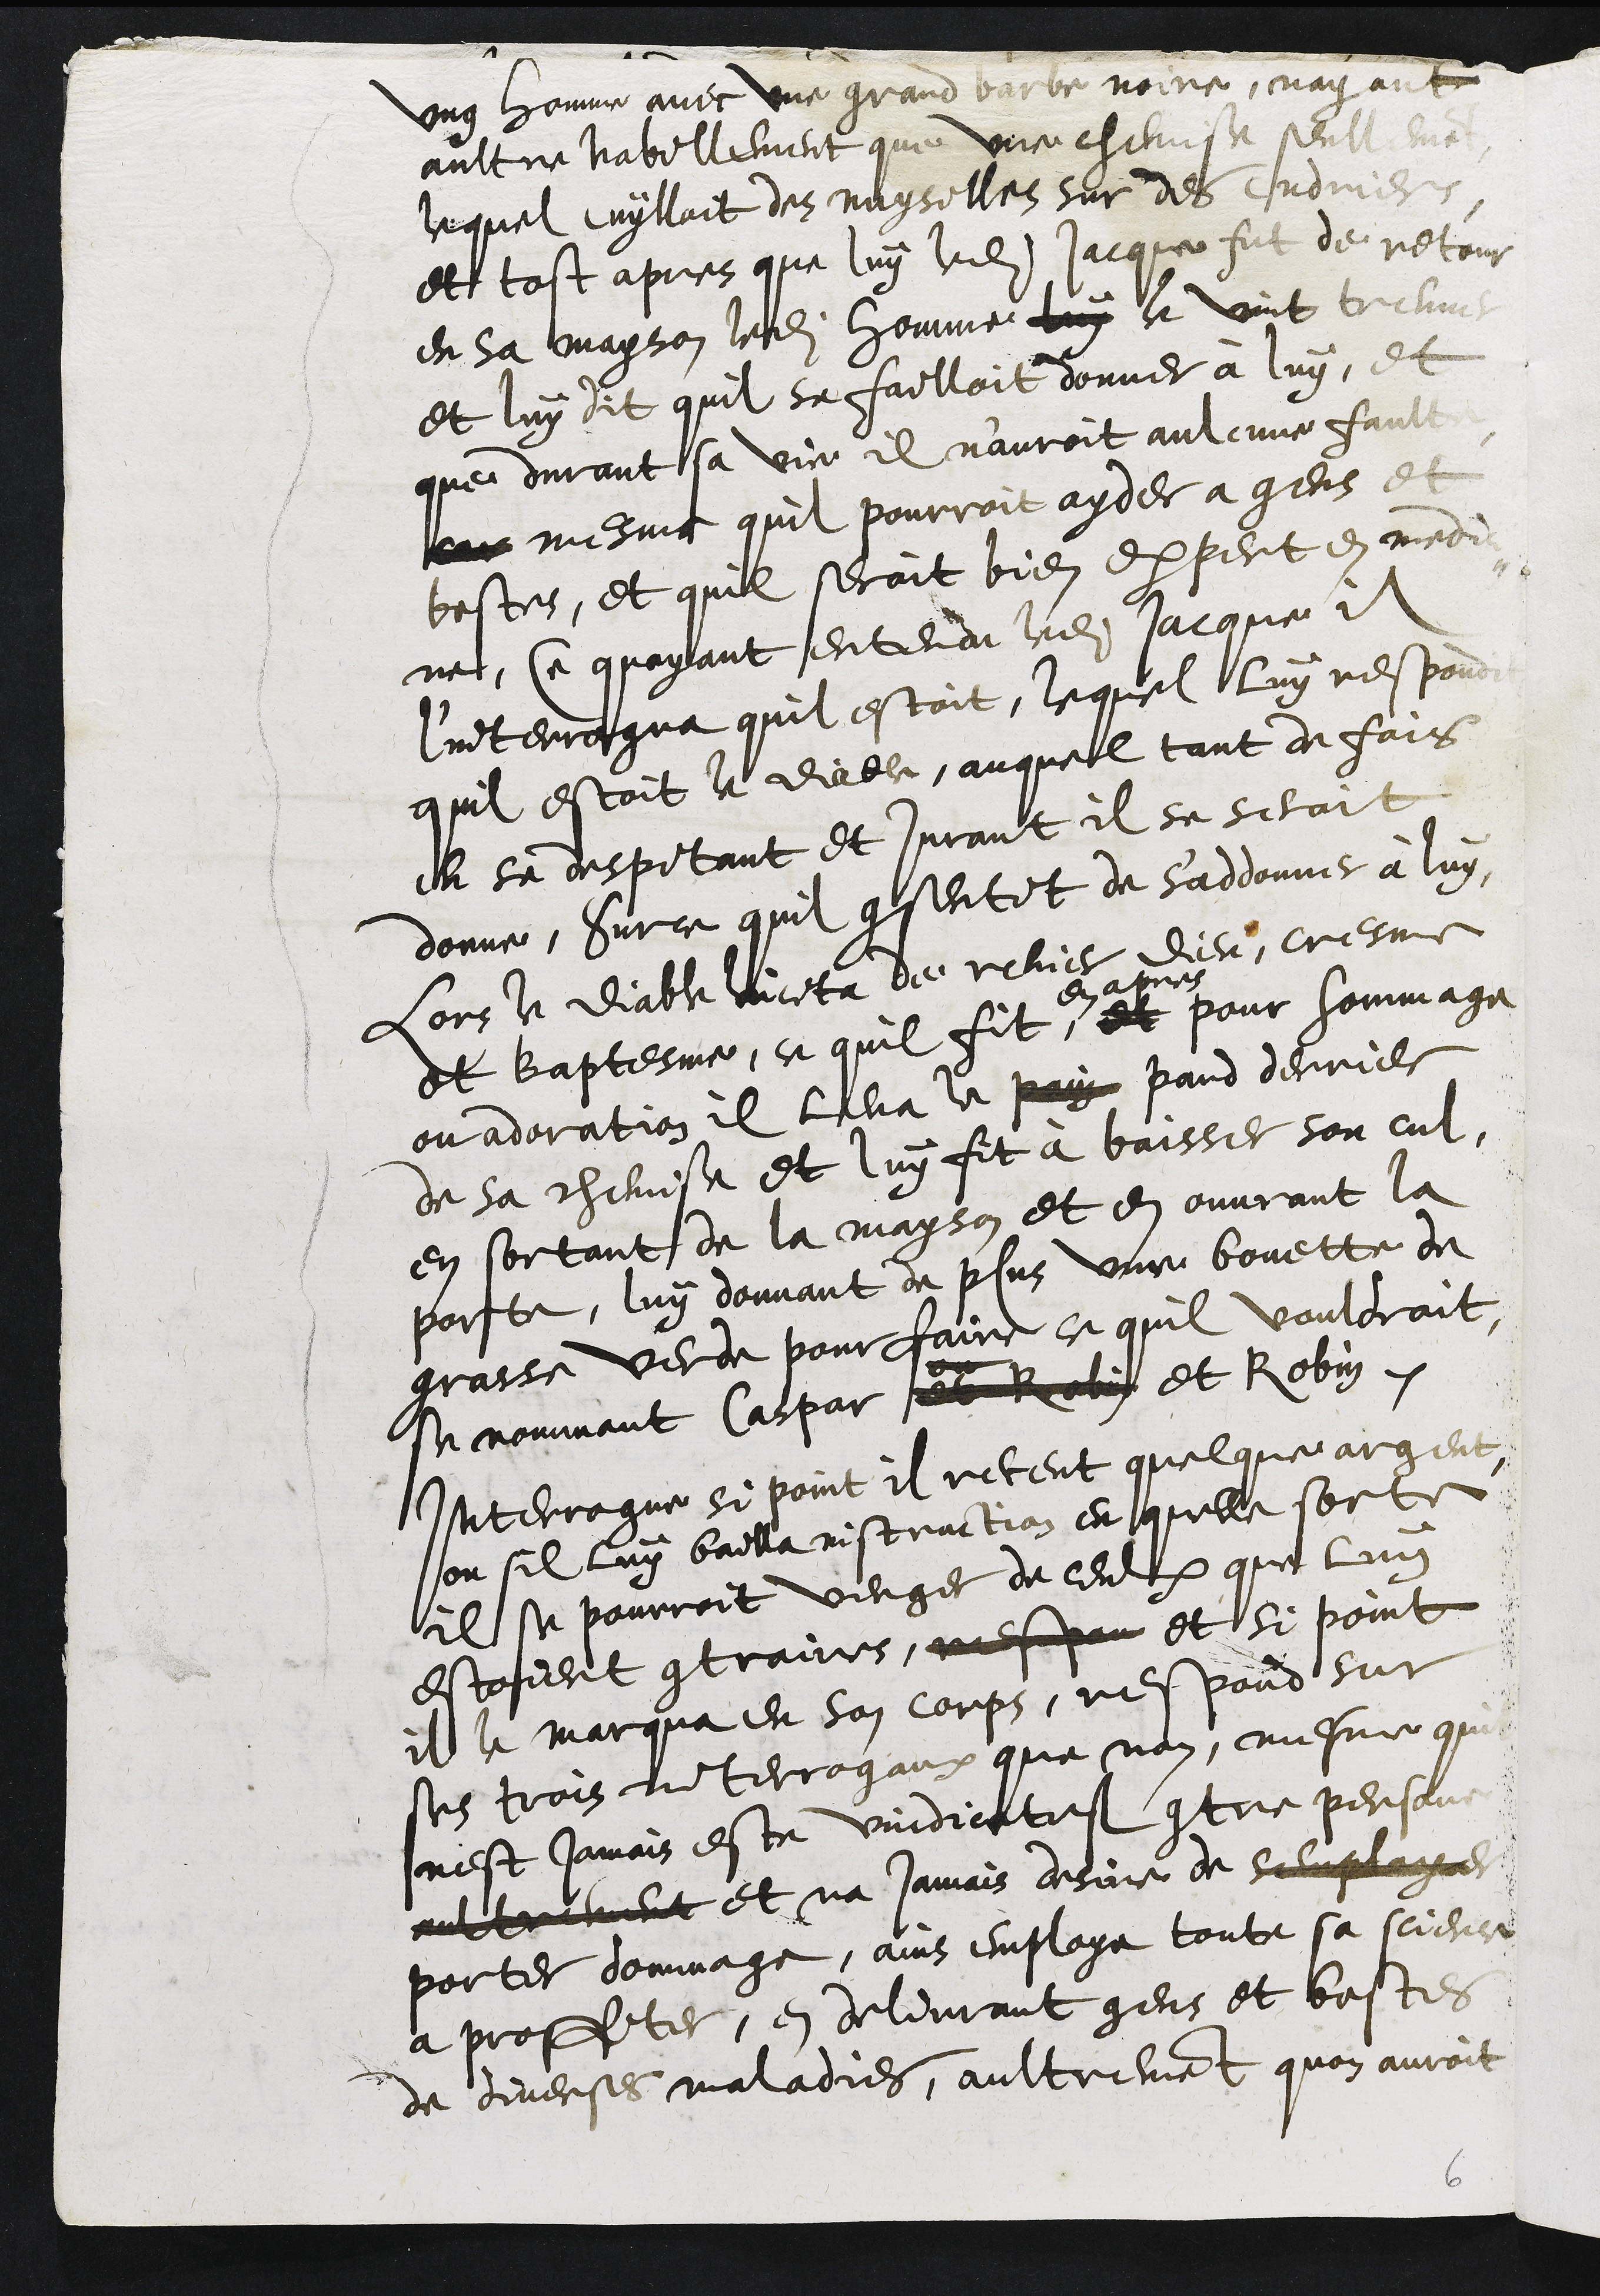
ung homme avec une grand barbe noire, nayant
aultre habillement que une chemise seullement
lequel cuylloit des nuysilles sur des cudriers
et tost apres que luy ledit Jacque fut de retour
en sa mayson ledit homme luy le vint treuver
et luy dit quil se failloit donner à luy, et
que durant sa vie il nauroit aulcune faulte
car mesme quil pourroit ayder a gens et
bestes, et quil seroit bien expert en medici¬
ne, Ce quayant entendu ledit Jacque il
l'interrogua quil estoit, lequel luy respondit
quil estoit le diable, auquel tant de fois
en se despitant et jurant il se seroit
donne, Sur ce quil consentit de s'addonner à luy
Lors le diable lincita de renier dieu, cresme
et baptesme, ce quil fit, et
en apres
pour hommage,
ou adoration il leva le pain pand derrier
de sa chemise et luy fit à baisser son cul,
en sortant de la mayson et en ouvrant la
porte, luy donnant de plus une bouette de
grasse verde pour faire ce quil vouldroit
se nommant Caspar et Rolin et Robin.
Interrogue si point il receut quelque argent,
ou sil luy bailla instraction et quelle sorte
il se pourroit venger de ceulx que luy
estoient contraires, mespeu et si point
il le marqua en son corps, respond sur
ses trois interrogaux que non, mesme quil
nest jamais este vindicatef contre persone
aultrement et na Jamais desire de semployer
porter dommage, ains employe toute sa science
a proffiter, en delivrant gens et bestes
de diverses maladies, aultrement quon auroit